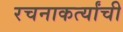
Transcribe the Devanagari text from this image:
रचनाकर्त्यांची